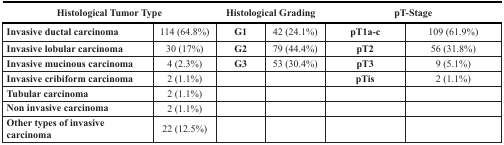
<table><thead><tr><td colspan="2"><b>Histological Tumor Type</b></td><td colspan="2"><b>Histological Grading</b></td><td colspan="2"><b>pT-Stage</b></td></tr></thead><tbody><tr><td><b>Invasive ductal carcinoma</b></td><td>114 (64.8%)</td><td><b>G1</b></td><td>42 (24.1%)</td><td><b>pT1a-c</b></td><td>109 (61.9%)</td></tr><tr><td><b>Invasive lobular carcinoma</b></td><td>30 (17%)</td><td><b>G2</b></td><td>79 (44.4%)</td><td><b>pT2</b></td><td>56 (31.8%)</td></tr><tr><td><b>Invasive mucinous carcinoma</b></td><td>4 (2.3%)</td><td><b>G3</b></td><td>53 (30.4%)</td><td><b>pT3</b></td><td>9 (5.1%)</td></tr><tr><td><b>Invasive cribiform carcinoma</b></td><td>2 (1.1%)</td><td></td><td></td><td><b>pTis</b></td><td>2 (1.1%)</td></tr><tr><td><b>Tubular carcinoma</b></td><td>2 (1.1%)</td><td></td><td></td><td></td><td></td></tr><tr><td><b>Non invasive carcinoma</b></td><td>2 (1.1%)</td><td></td><td></td><td></td><td></td></tr><tr><td><b>Other types of invasive carcinoma</b></td><td>22 (12.5%)</td><td></td><td></td><td></td><td></td></tr></tbody></table>